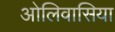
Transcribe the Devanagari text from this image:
ओलिवासिया